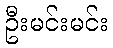
ဦးမင်းမင်း